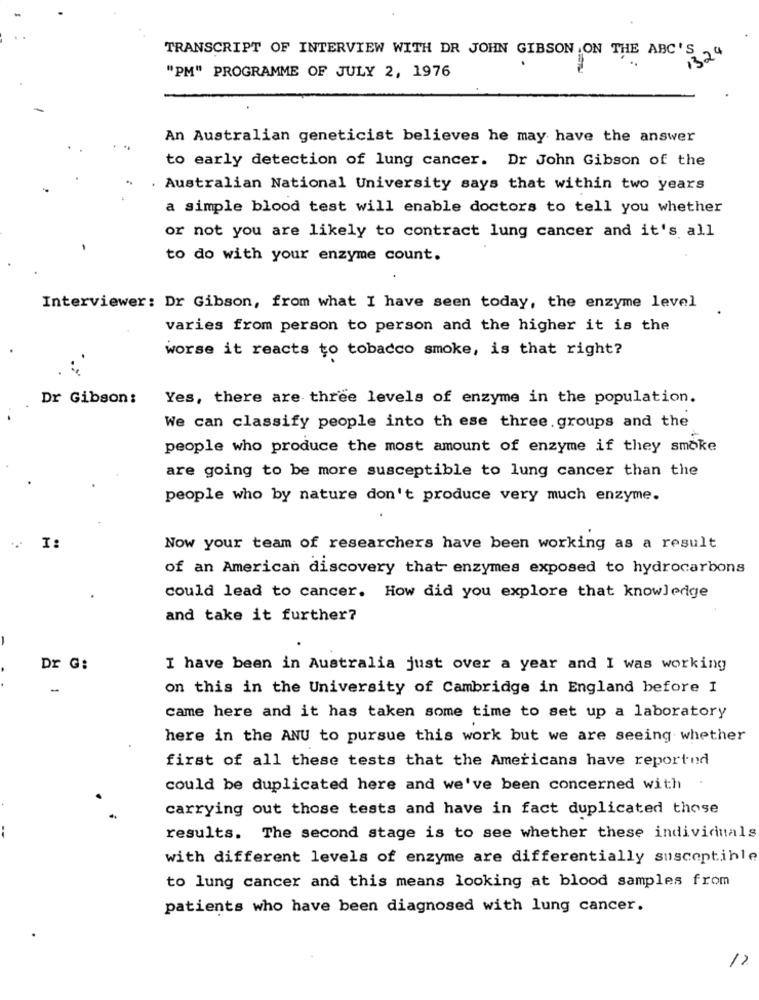
TRANSCRIPT OF INTERVIEW WITH DR JOHN GIBSON ,ON THE ABC'S
1324
"PM" PROGRAMME OF JULY 2, 1976
An Australian geneticist believes he may have the answer
to early detection of lung cancer. Dr John Gibson of the
Australian National University says that within two years
a simple blood test will enable doctors to tell you whether
or not you are likely to contract lung cancer and it's all
to do with your enzyme count.
Interviewer: Dr Gibson, from what I have seen today, the enzyme level
varies from person to person and the higher it is the
worse it reacts to tobacco smoke, is that right?
Dr Gibson:
Yes, there are three levels of enzyme in the population.
We can classify people into th ese three groups and the
people who produce the most amount of enzyme if they smoke
are going to be more susceptible to lung cancer than the
people who by nature don't produce very much enzyme.
I:
Now your team of researchers have been working as a result
of an American discovery that enzymes exposed to hydrocarbons
could lead to cancer. How did you explore that knowledge
and take it further?
Dr G:
I have been in Australia just over a year and I was working
on this in the University of Cambridge in England before I
came here and it has taken some time to set up a laboratory
here in the ANU to pursue this work but we are seeing whether
first of all these tests that the Americans have reportnd
could be duplicated here and we've been concerned with
carrying out those tests and have in fact duplicated those
results. The second stage is to see whether these individuals
with different levels of enzyme are differentially susceptible
to lung cancer and this means looking at blood samples from
patients who have been diagnosed with lung cancer.